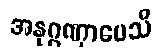
အနုဂ္ဂဏှာပေသိ